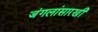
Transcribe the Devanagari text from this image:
जंगलांसारखी